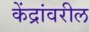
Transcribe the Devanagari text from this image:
केंद्रांवरील